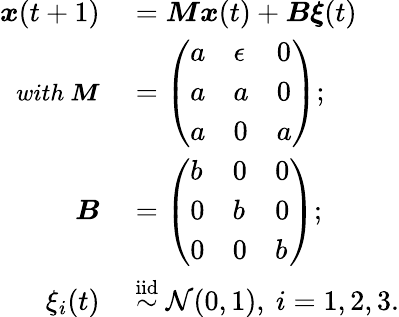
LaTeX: \begin{array}{rl}{\boldsymbol{x}(t+1)}&{{}=\boldsymbol{M}\boldsymbol{x}(t)+\boldsymbol{B}\boldsymbol{\xi}(t)}\\ {\small{\textit{with}}~\boldsymbol{M}}&{{}=\left(\begin{array}{lll}{a}&{\epsilon}&{0}\\ {a}&{a}&{0}\\ {a}&{0}&{a}\end{array}\right);}\\ {\boldsymbol{B}}&{{}=\left(\begin{array}{lll}{b}&{0}&{0}\\ {0}&{b}&{0}\\ {0}&{0}&{b}\end{array}\right);}\\ {\xi_{i}(t)}&{{}\overset{\mathrm{iid}}{\sim}\mathcal{N}(0,1),~i=1,2,3.}\end{array}